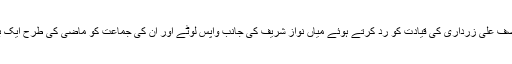
پنجاب کے عوام آصف علی زرداری کی قیادت کو رد کرتے ہوئے میاں نواز شریف کی جانب واپس لوٹے اور ان کی جماعت کو ماضی کی طرح ایک بھرپور مینڈیٹ دیا۔